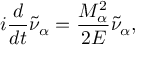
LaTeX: i { \frac { d } { d t } } \tilde { \nu } _ { \alpha } = { \frac { M _ { \alpha } ^ { 2 } } { 2 E } } \tilde { \nu } _ { \alpha } ,